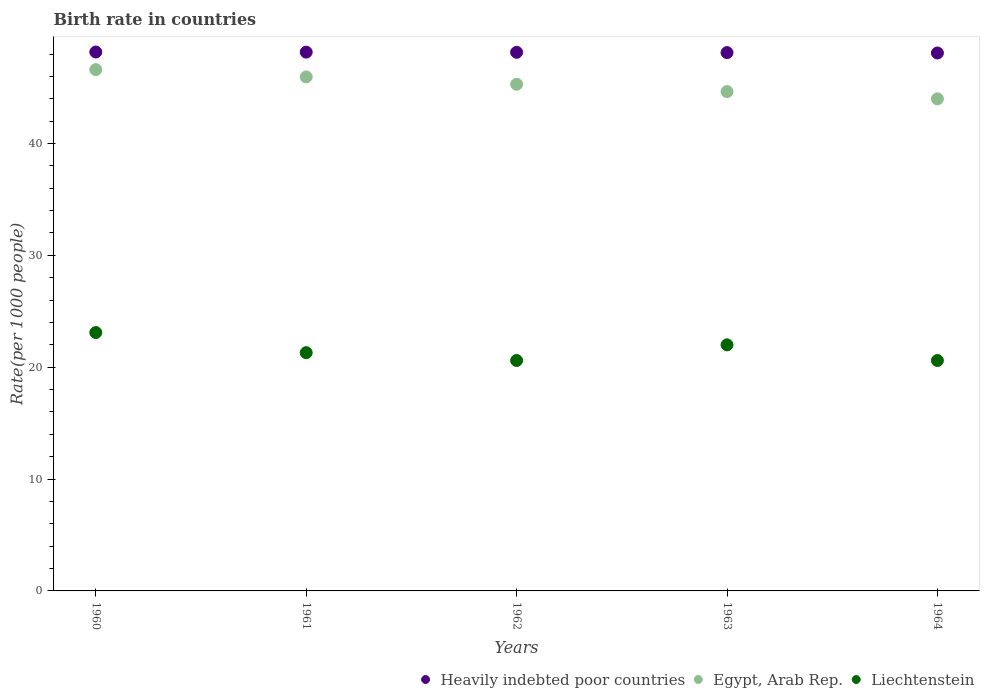
| Years | Heavily indebted poor countries | Egypt, Arab Rep. | Liechtenstein |
 | --- | --- | --- | --- |
 | 1960 | 48.2 | 46.6 | 23.1 |
 | 1961 | 48.2 | 46 | 21.3 |
 | 1962 | 48.2 | 45.3 | 20.6 |
 | 1963 | 48.1 | 44.6 | 22 |
 | 1964 | 48.1 | 44 | 20.6 |